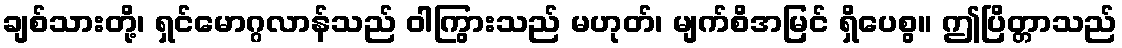
ချစ်သားတို့၊ ရှင်မောဂ္ဂလာန်သည် ဝါကြွားသည် မဟုတ်၊ မျက်စိအမြင် ရှိပေစွ။ ဤပြိတ္တာသည်